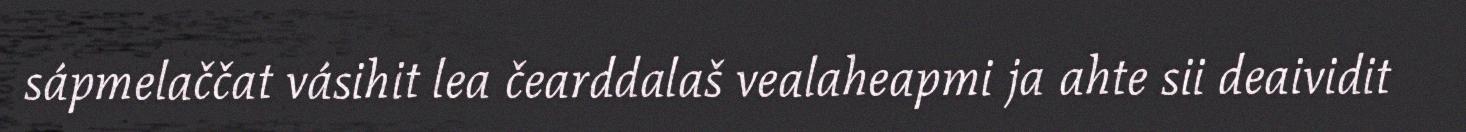
sápmelaččat vásihit lea čearddalaš vealaheapmi ja ahte sii deaividit